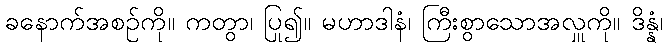
ခနောက်အစဉ်ကို။ ကတွာ၊ ပြု၍။ မဟာဒါနံ၊ ကြီးစွာသောအလှူကို။ ဒိန္နံ၊